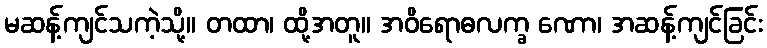
မဆန့်ကျင်သကဲ့သို့။ တထာ၊ ထို့အတူ။ အဝိရောဓလက္ခ ဏော၊ အဆန့်ကျင်ခြင်း